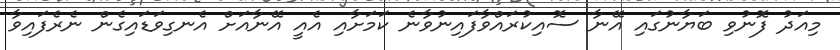
މިއަދު ފޮނުވި ބަޔާނުގައި އޭނާ ސޮއިކުރައްވާފައިނުވާނެ ކަމަށާއި އެއީ އޭނާއަށް އެނގިވަޑައިގެން ނެރެފައިވާ